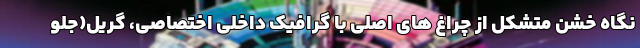
نگاه خشن متشکل از چراغ های اصلی با گرافیک داخلی اختصاصی، گریل(جلو